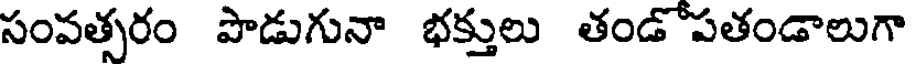
సంవత్సరం పొడుగునా భక్తులు తండోపతండాలుగా